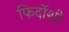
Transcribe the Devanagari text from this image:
फिर्दोशी